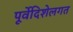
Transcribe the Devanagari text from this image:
पूर्वेदिशेलगत